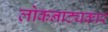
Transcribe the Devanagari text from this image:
लोकनाट्यकार